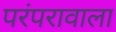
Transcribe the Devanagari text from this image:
परंपरावाला